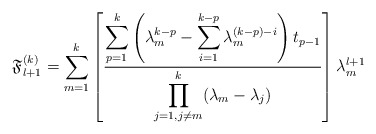
\begin{align*}\mathfrak{F}_{l+1}^{(k)}=\sum_{m=1}^{k} \left[\displaystyle \frac{\displaystyle\sum_{p=1}^{k}\left(\lambda_m^{k-p}-\displaystyle\sum_{i=1}^{k-p}\lambda_m^{(k-p)-i}\right)t_{p-1}}{\displaystyle \prod_{j=1, j\neq m}^{k}(\lambda_m - \lambda_j)} \right] \lambda_m^{l+1} \end{align*}